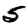
Digit: 5